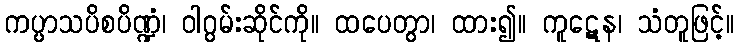
ကပ္ပာသပိစပိဏ္ဍံ၊ ဝါဂွမ်းဆိုင်ကို။ ထပေတွာ၊ ထား၍။ ကူဋေန၊ သံတူဖြင့်။